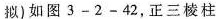
拟)如图3-2-42，正三棱柱